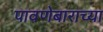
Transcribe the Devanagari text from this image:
पावणेबाराच्या